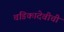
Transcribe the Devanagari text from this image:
चंडिकादेवीची